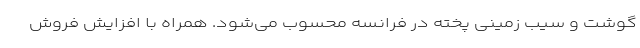
گوشت و سیب زمینی پخته در فرانسه محسوب می‌شود. همراه با افزایش فروش